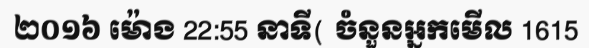
២០១៦ ម៉ោង 22:55 នាទី( ចំនួនអ្នកមើល 1615